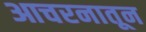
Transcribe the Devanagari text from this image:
आचरनातून